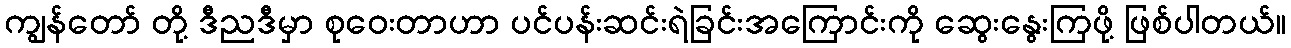
ကျွန်တော် တို့ ဒီညဒီမှာ စုဝေးတာဟာ ပင်ပန်းဆင်းရဲခြင်းအကြောင်းကို ဆွေးနွေးကြဖို့ ဖြစ်ပါတယ်။